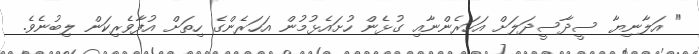
" އަލާނިޔާ ސީދާސީދަލަށް އަހަރެންނާއި ގުޅެން ހުށައެޅުމުން އަހަރެންގެ ހިތަށް އުފާވެރިކަން ލިބުނެވެ.